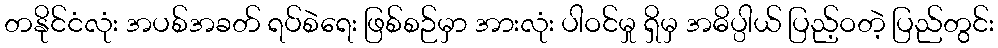
တနိုင်ငံလုံး အပစ်အခတ် ရပ်စဲရေး ဖြစ်စဉ်မှာ အားလုံး ပါဝင်မှု ရှိမှ အဓိပ္ပါယ် ပြည့်ဝတဲ့ ပြည်တွင်း